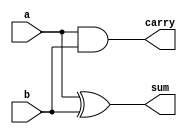
module half_Adder (
    a,
    b,
    carry,
    sum
);

  input a, b;
  output carry, sum;

  xor (sum, a, b);
  and (carry, a, b);

endmodule

`timescale 1ps / 1ps

module testbench;

  reg a, b;
  wire carry, sum;

  initial begin
    #2 a = 1'b0;
    b = 1'b0;

    #2 a = 1'b0;
    b = 1'b1;

    #2 a = 1'b1;
    b = 1'b0;

    #2 a = 1'b1;
    b = 1'b1;

    #2 $finish;
  end

  initial $monitor("time = %g, a = %b, b = %b, carry = %b, sum = %b", $time, a, b, carry, sum);

  half_Adder ha1 (
      a,
      b,
      carry,
      sum
  );

endmodule

/* OUTPUT:
time = 0, a = x, b = x, carry = x, sum = x
time = 2, a = 0, b = 0, carry = 0, sum = 0
time = 4, a = 0, b = 1, carry = 0, sum = 1
time = 6, a = 1, b = 0, carry = 0, sum = 1
time = 8, a = 1, b = 1, carry = 1, sum = 0
*/